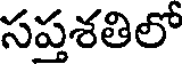
సప్తశతిలో